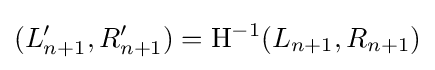
(L_{n+1}',R_{n+1}')=\mathrm {H} ^{-1}(L_{n+1},R_{n+1})